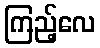
ကြည့်လေ